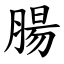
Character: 腸